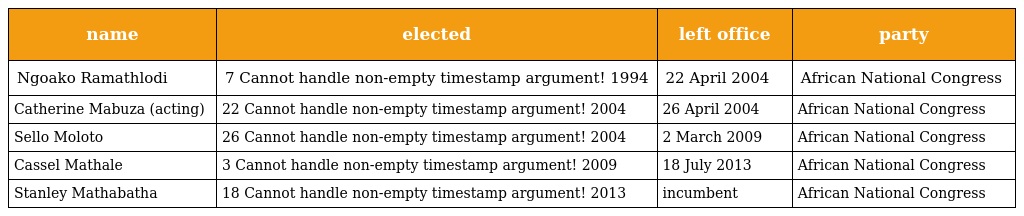
| name | elected | left office | party |
 | --- | --- | --- | --- |
 | Ngoako Ramathlodi | 7 Cannot handle non-empty timestamp argument! 1994 | 22 April 2004 | African National Congress |
 | Catherine Mabuza (acting) | 22 Cannot handle non-empty timestamp argument! 2004 | 26 April 2004 | African National Congress |
 | Sello Moloto | 26 Cannot handle non-empty timestamp argument! 2004 | 2 March 2009 | African National Congress |
 | Cassel Mathale | 3 Cannot handle non-empty timestamp argument! 2009 | 18 July 2013 | African National Congress |
 | Stanley Mathabatha | 18 Cannot handle non-empty timestamp argument! 2013 | incumbent | African National Congress |